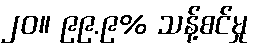
၂၀။ ၉၉.၉% သန့်စင်မှု